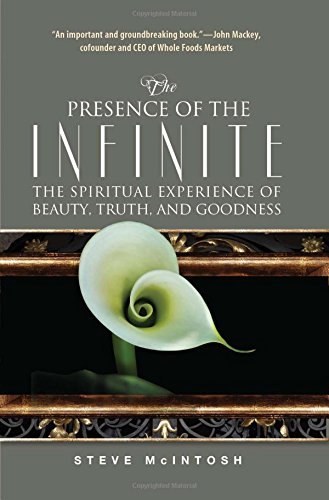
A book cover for The Presence of the Infinite: The Spiritual Experience of Beauty, Truth, and Goodness; Steve McIntosh; Politics & Social Sciences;